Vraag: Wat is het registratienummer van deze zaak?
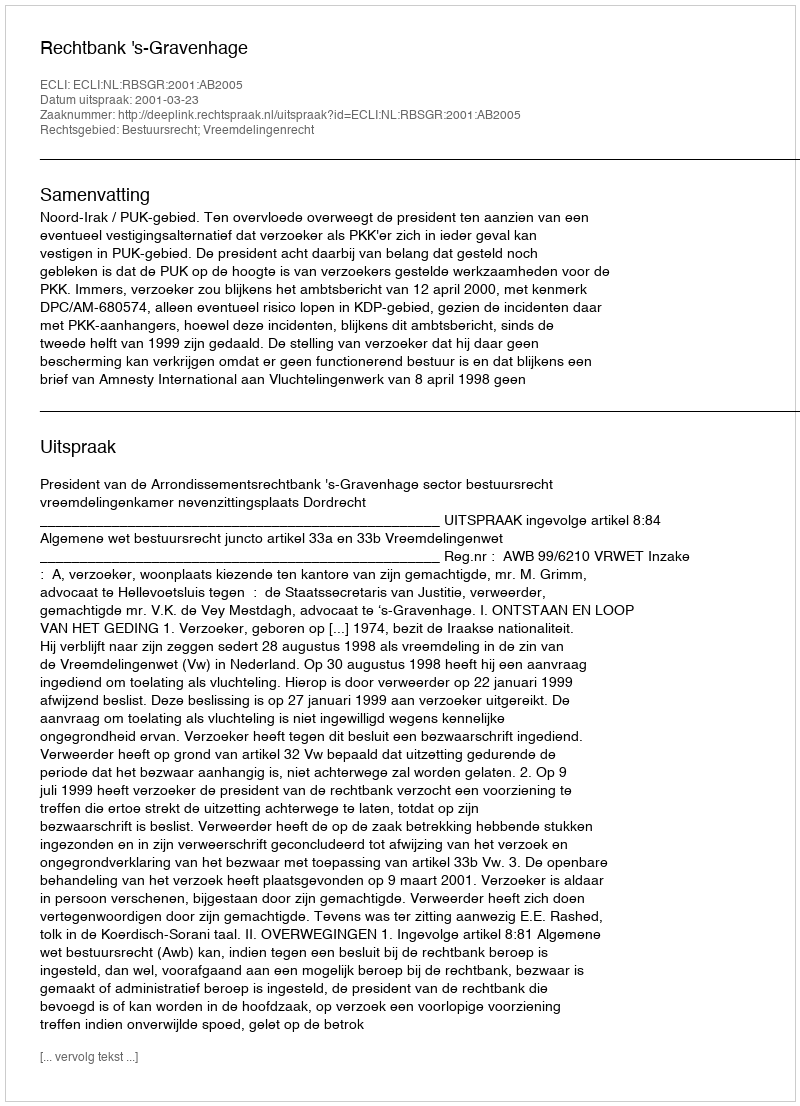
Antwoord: http://deeplink.rechtspraak.nl/uitspraak?id=ECLI:NL:RBSGR:2001:AB2005